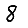
Digit: 8